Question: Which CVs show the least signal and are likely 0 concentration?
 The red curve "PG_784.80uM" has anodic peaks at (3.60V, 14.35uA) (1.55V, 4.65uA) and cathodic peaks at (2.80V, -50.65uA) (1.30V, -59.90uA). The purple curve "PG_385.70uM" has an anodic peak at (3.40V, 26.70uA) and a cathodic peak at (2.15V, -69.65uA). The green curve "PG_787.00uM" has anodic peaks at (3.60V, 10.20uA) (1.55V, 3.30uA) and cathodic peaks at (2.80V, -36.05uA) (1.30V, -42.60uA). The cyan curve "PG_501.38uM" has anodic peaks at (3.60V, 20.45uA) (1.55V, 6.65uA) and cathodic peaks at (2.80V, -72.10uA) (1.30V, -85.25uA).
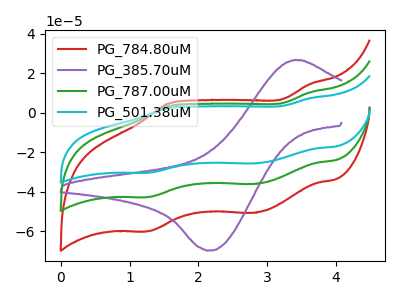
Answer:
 <answer>There are not any CV's on this graph that are likely to be blanks.</answer>
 <eval>none</eval>